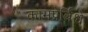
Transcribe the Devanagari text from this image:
कामप्रेर्विश्वे